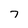
Character: 7